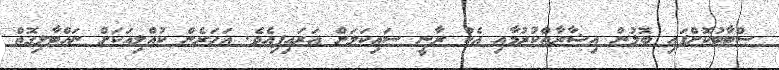
ސްޓާޓުކޮށްފައި ބޮލުން އިޝާރާތްކުރުމާއި އެކު ރާނީ ސައިކަލަށް އަރައިފިއެވެ. އަހަރެން ކުއްލިއަކަށް ނައްޓާލިގޮތް